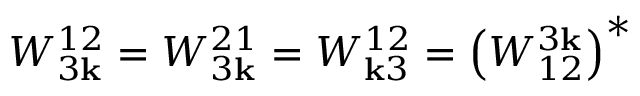
W _ { 3 { \bf k } } ^ { 1 2 } = W _ { 3 { \bf k } } ^ { 2 1 } = W _ { { \bf k } 3 } ^ { 1 2 } = \left( W _ { 1 2 } ^ { 3 { \bf k } } \right) ^ { * }